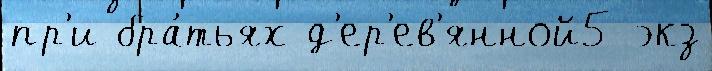
пр'и бра́тьях д'ер'ев'янной5 экз